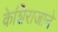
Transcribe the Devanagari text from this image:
केशिराजाने